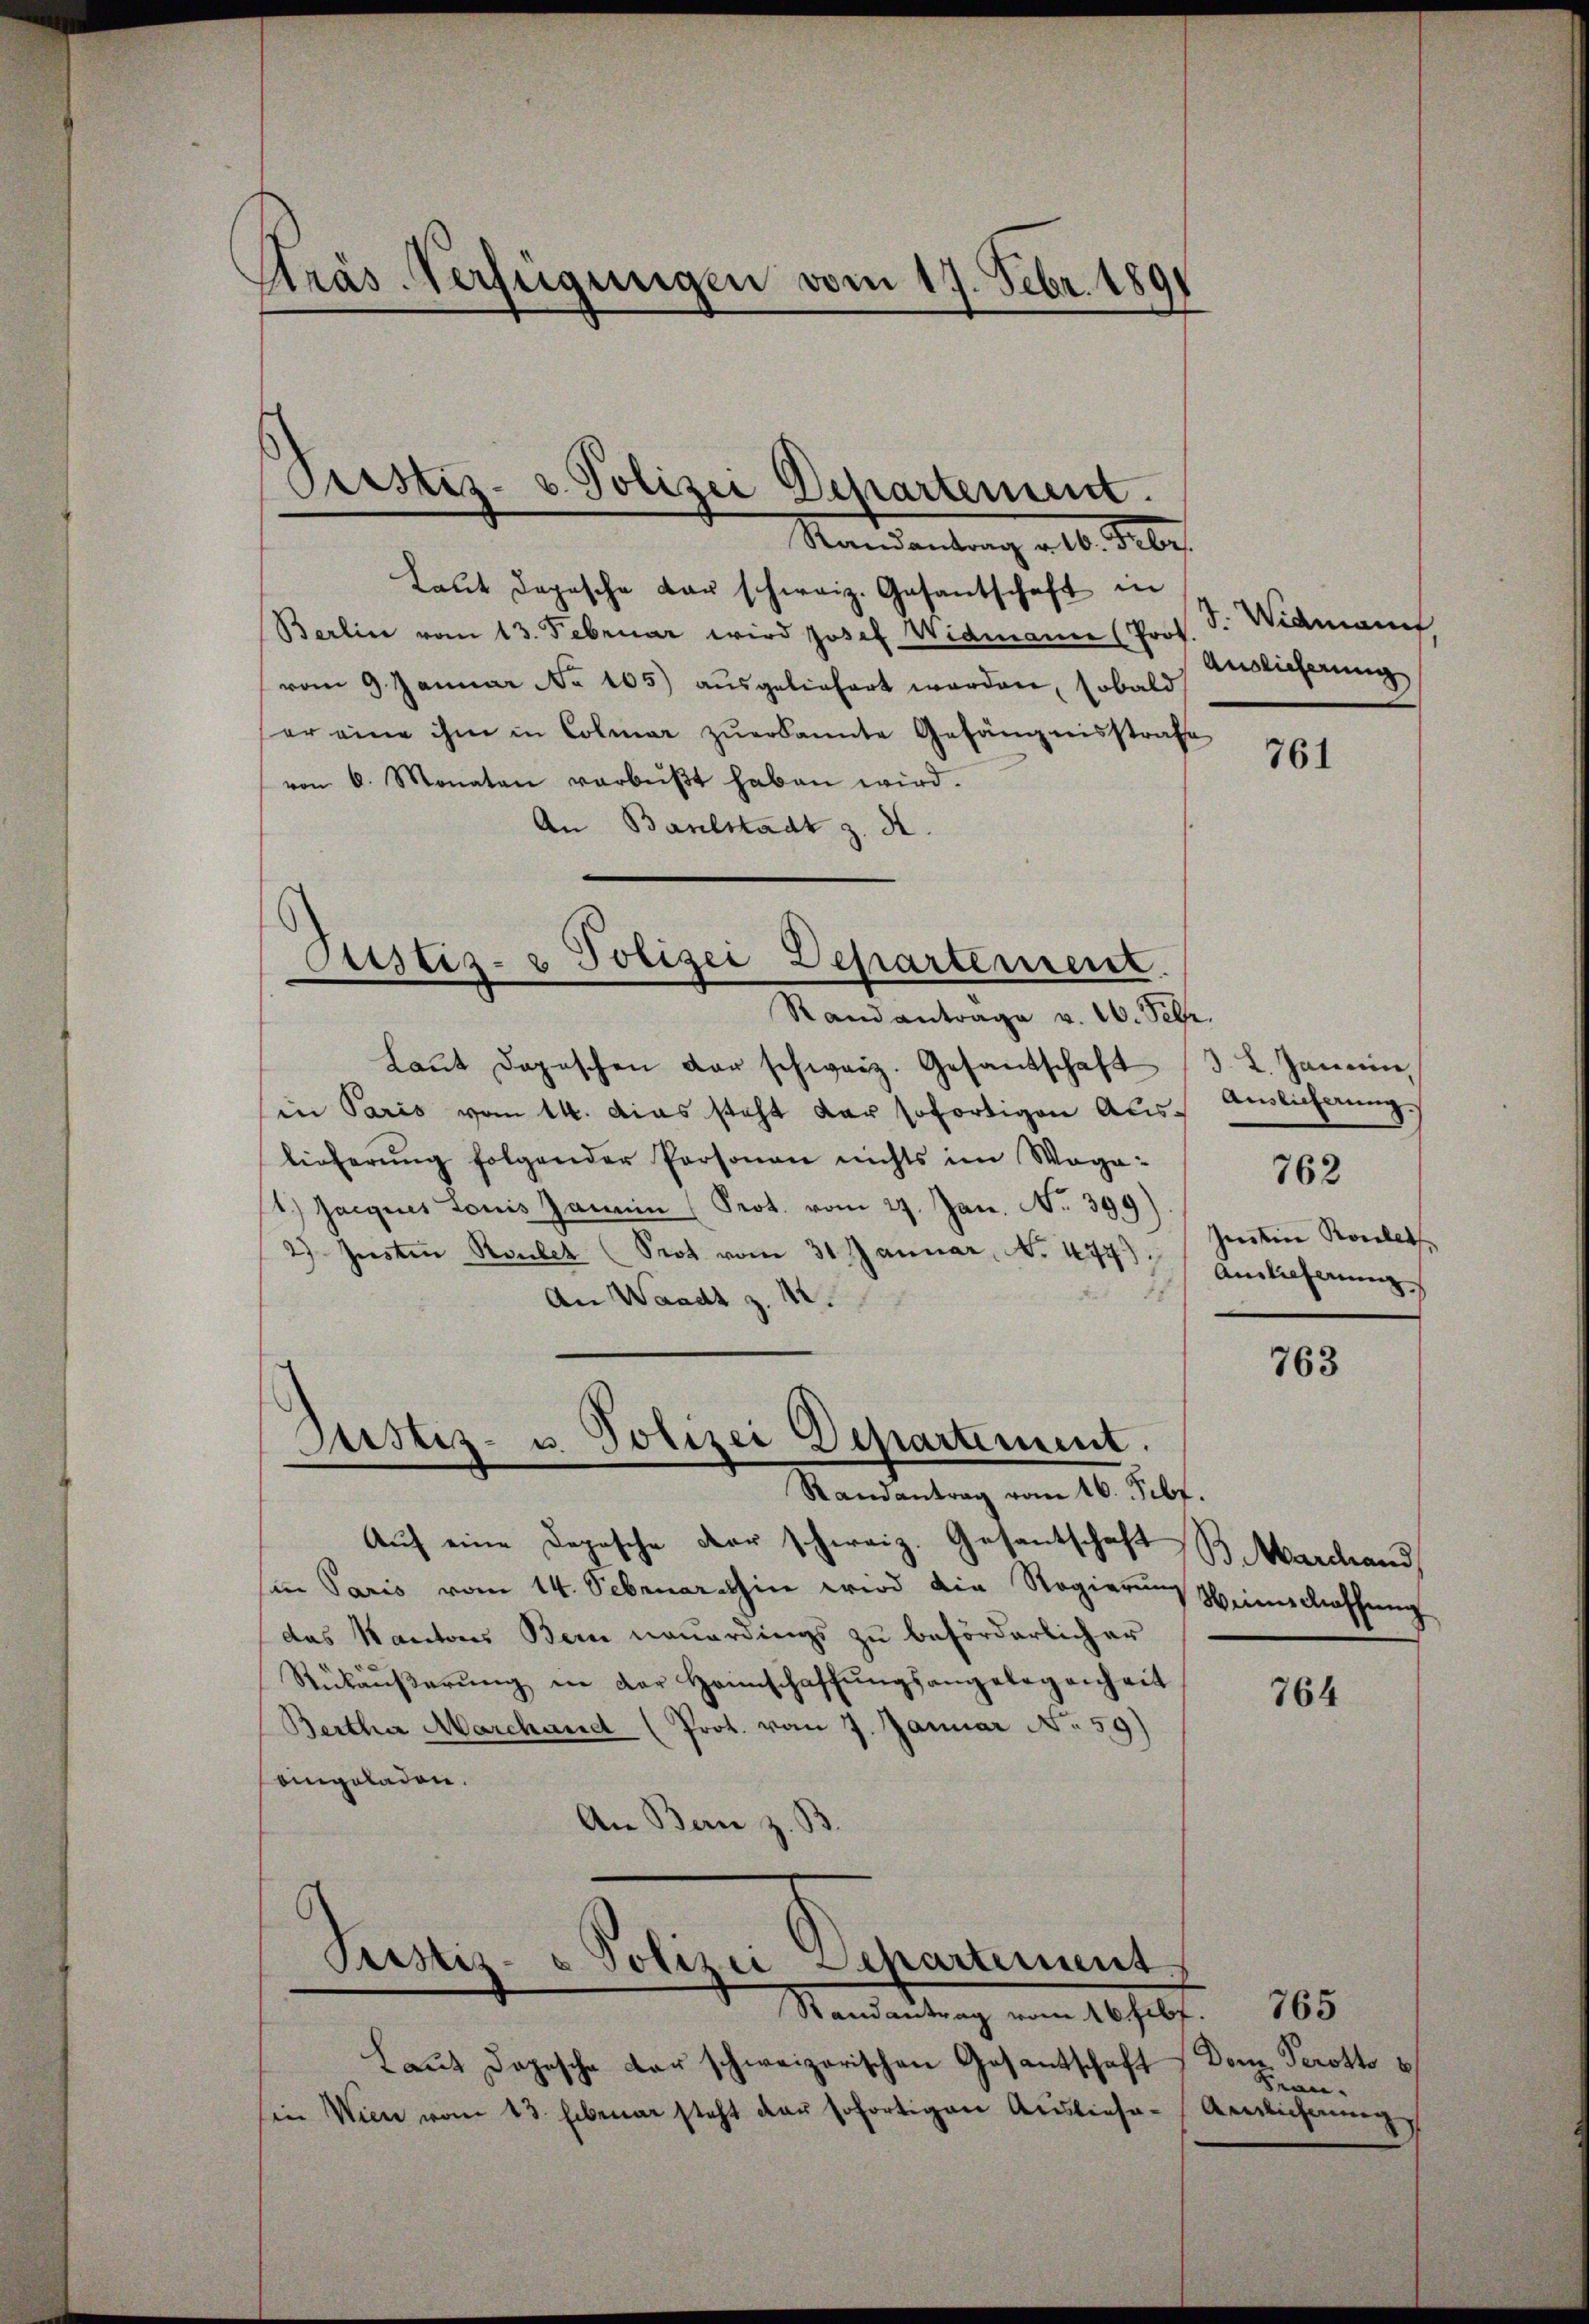
Ptrás-Verfügungen vom 17. Febr. 1891

Pristiz- & Polizei Departement.
Mandantung als der

Justiz- & Polizei Departement.

Laŭt Depesche dar schweiz. Gesantschaft in
Berlin vom 13. Februar wird Josef Widmann (Pros. S. Widmann
vom 9. Januar No 105) ausgeliefert werden, sobald
er eine ihm in Colmar zuerkannte Gefängnisstrafe
von 6. Monaten verbŭβt haben wird.
An Balstadt z. K.
Randantrage v. 16. Febr.
Laŭt dopischen der schweiz. Gesandschaft
in Paris vom 14. Das steht der sofortigen Auslieferung folgender Personen nichts im Waga¬
1.) Jacques Louis Jamin (Prot. vom 27. Jan. No 399)
2) Jesten Raubet (Prot vom 31 Januar, No. 477.
An Waadt z. 12.
Justiz- u. Polizei Departement.
Randantrag vom 16. Febr.
Auf eine Depesche der schweiz. Gesantschaft
in Paris vom 14. Februar hin wird die Regierung Weinschaffung
das Kantons Bern neuerdings zu beförderlicher
Rükäŭβerŭng in der Heimschaffŭngsangelegenheit
Bertha Marchauet (Prot. vom 7. Januar No 59)
aingeladen.
An Bern z. B.

Prustiz- & Polizei Separtement

Auslieferung

Randantrag vom 16. Febr.
Laut Dogesche der schweizerischen Gesantschaft Dom. Perotto
Ein Wien vom 13. Februar steht der sofortigen Ausliefe-Aerlicherŭng

761

3. L. Janein,
Anslicherung.
Ientin Roulet
Amlicherung

762

763

B.Marchand

764

Frau.

765